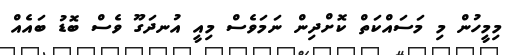
މިމީހުން މި މަސައްކަތް ކޮށްދިން ނަމަވެސް މިއީ އުނދަގޫ ވެސް ބޮޑު ބައެއް